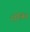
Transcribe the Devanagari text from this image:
रोलिन